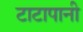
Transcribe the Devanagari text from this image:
टाटापानी